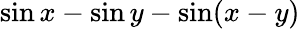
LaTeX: \sin x-\sin y-\sin(x-y)